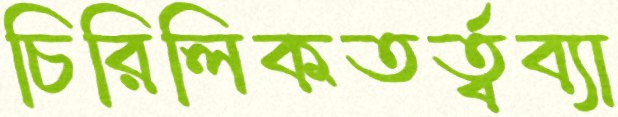
চিরিলিকতর্ত্বব্যা